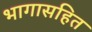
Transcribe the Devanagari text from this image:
भागासहित